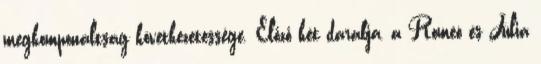
megkomponáltság következetessége. Előző két darabja, a Romeó és Júlia